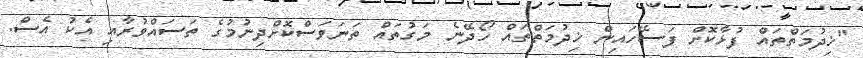
"ޚިދުމަތްތައް ފުޅާކޮށް ފަސޭހައިން ޚިދުމަތްތައް ހޯދޭނެ މަގުތައް ތަނަވަސްކޮށްދިނުމުގެ ތަސައްވުރާއި އެކު އެސް.